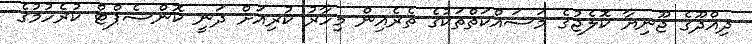
ދިއްދޫގެ ޖޫނިޔާ ކޮލެޖުގެ މަސައްކަތްތަކުގެ ތެރެއިން މިހާރު ކުރިއަށް ދަނީ ކޮންސެޕްޓް ކުރެހުމުގެ